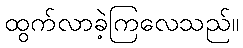
ထွက်လာခဲ့ကြလေသည်။